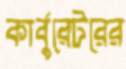
কার্বুরেটরের